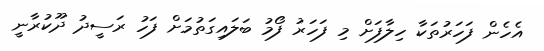
އެހެން ފަހަރުތަކާ ހިލާފަށް މި ފަހަރު ފޯމު ބަލައިގަތުމަށް ފަހު ރަސީދު ދޫކުރާނީ